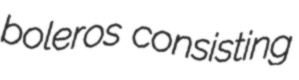
boleros consisting